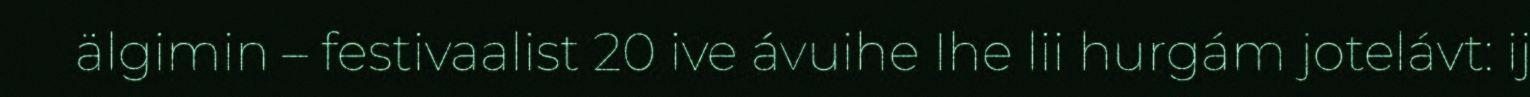
älgimin – festivaalist 20 ive ávuihe Ihe lii hurgám jotelávt: ij